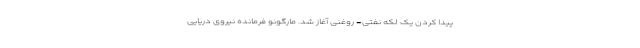
پیدا کردن یک لکه نفتی- روغنی آغاز شد. مارگونو فرمانده نیروی دریایی